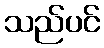
သည်ပင်